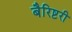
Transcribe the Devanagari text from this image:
बैरिष्टरी